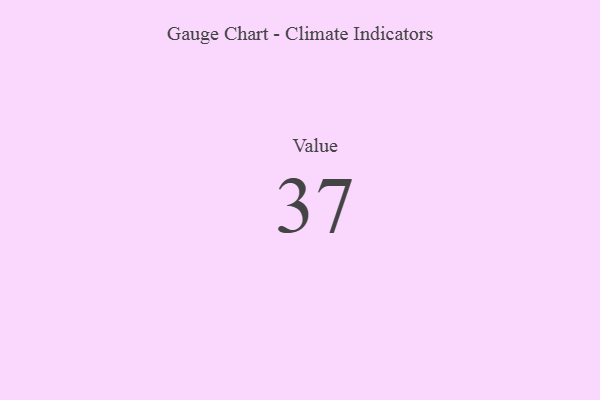
{"axis": {"x": "Metric", "y": "Value"}, "legend": [""], "data": [{"x": "Value", "y": 37, "type": ""}]}